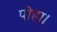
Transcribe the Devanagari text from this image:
पोहा।